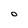
Character: O